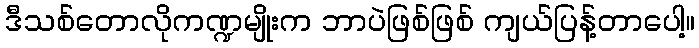
ဒီသစ်တောလိုကဏ္ဍမျိုးက ဘာပဲဖြစ်ဖြစ် ကျယ်ပြန့်တာပေါ့။